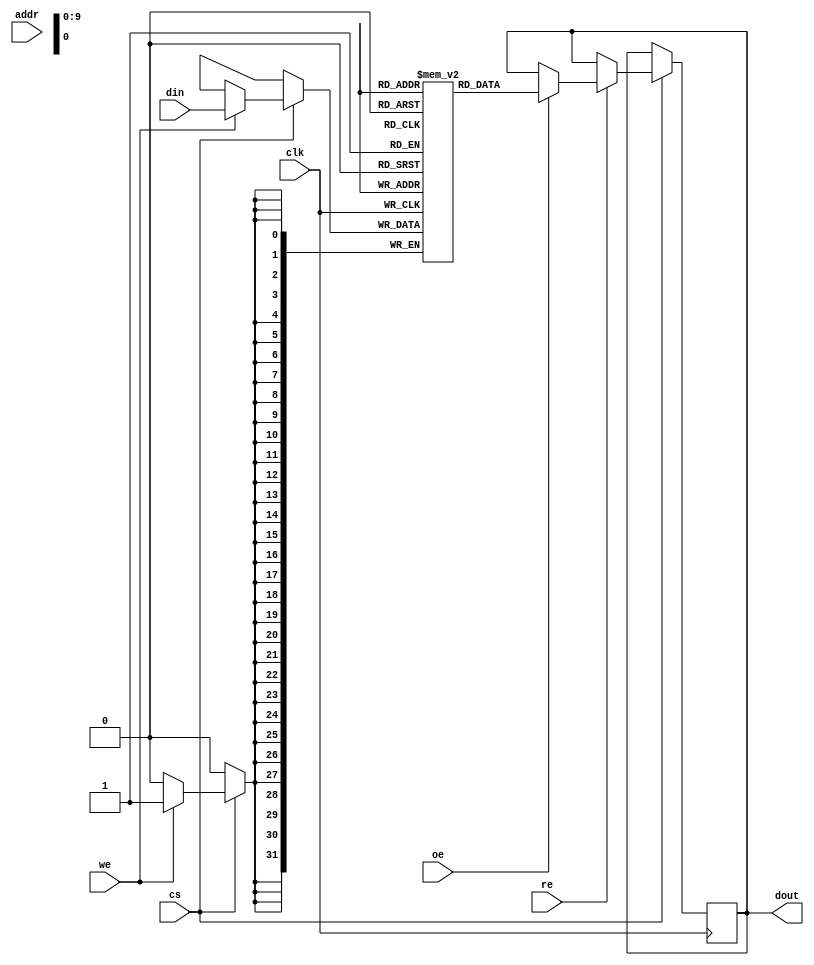
module MultiBankSRAM
#(
    parameter BANKS = 4,          // Number of banks
    parameter ADDR_WIDTH = 8,     // Address width per bank
    parameter DATA_WIDTH = 32      // Data width
)
(
    input wire clk,               // Clock signal
    input wire cs,                // Chip Select
    input wire re,                // Read Enable
    input wire we,                // Write Enable
    input wire oe,                // Output Enable
    input wire [ADDR_WIDTH-1:0] addr, // Address input
    input wire [DATA_WIDTH-1:0] din, // Data input
    output reg [DATA_WIDTH-1:0] dout // Data output
);

    // Memory banks declaration
    reg [DATA_WIDTH-1:0] mem [0:BANKS-1][0:2**ADDR_WIDTH-1];
    
    // Extract bank number from address
    wire [clog2(BANKS)-1:0] bank_addr;
    wire [ADDR_WIDTH-1:0] local_addr;

    assign bank_addr = addr[ADDR_WIDTH +: clog2(BANKS)];
    assign local_addr = addr[0 +: ADDR_WIDTH];

    // Read and write operations
    always @(posedge clk) begin
        if (cs) begin
            if (we) begin
                // Write to the selected bank
                mem[bank_addr][local_addr] <= din;
            end
            if (re) begin
                // Read from the selected bank
                if (oe) begin
                    dout <= mem[bank_addr][local_addr];
                end
            end
        end
    end

    // Function to calculate log base 2
    function integer clog2;
        input integer value;
        begin
            clog2 = 0;
            while (2 ** clog2 < value) begin
                clog2 = clog2 + 1;
            end
        end
    endfunction

endmodule